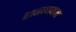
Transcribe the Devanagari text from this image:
सामन्याबाबत